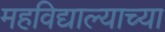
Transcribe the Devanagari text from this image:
महविद्याल्याच्या